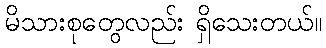
မိသားစုတွေလည်း ရှိသေးတယ်။